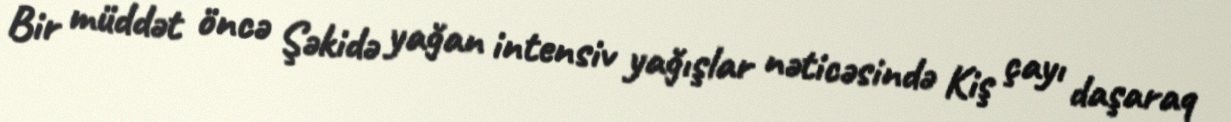
Bir müddət öncə Şəkidə yağan intensiv yağışlar nəticəsində Kiş çayı daşaraq